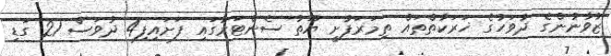
ޒުވާނުންގެ ދުވަހުގެ ޚަރަކާތްތައް ތިމަރަފުށީ ޔޫތު ސެންޓަރުގައި ފަށައިފި4 ދުވަސް 21 ގަޑި